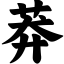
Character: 莽